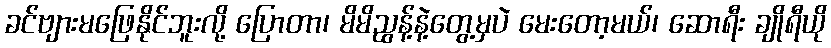
ခင်ဗျားမဖြေနိုင်ဘူးလို့ ပြောတာ၊ မိမိညွန့်နဲ့တွေ့မှပဲ မေးတော့မယ်၊ ဆောရီး ချိုရီယို